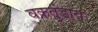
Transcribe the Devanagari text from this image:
वक्रतुंडाय